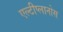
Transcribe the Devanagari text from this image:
एल्टीप्लानोस